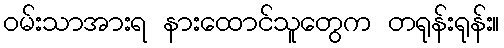
ဝမ်းသာအားရ နားထောင်သူတွေက တရုန်းရုန်း။